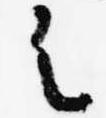
之